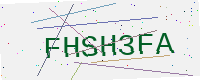
Text: FHSH3FA